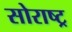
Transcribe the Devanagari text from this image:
सोराष्ट्र